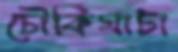
চৌকিঘাটা